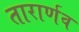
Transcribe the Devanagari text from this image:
तारार्णव